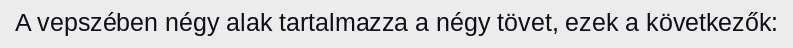
A vepszében négy alak tartalmazza a négy tövet, ezek a következők: